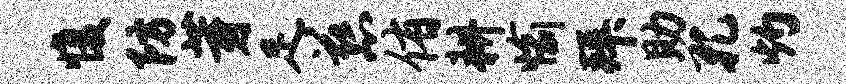
愎防芽足慈侑耕愉拜助孔灼